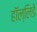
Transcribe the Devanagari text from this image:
हॉल्लिडे